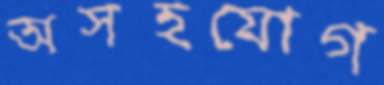
অসহযোগ